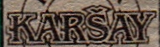
KARSAY